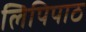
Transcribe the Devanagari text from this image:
लिपिपाठ